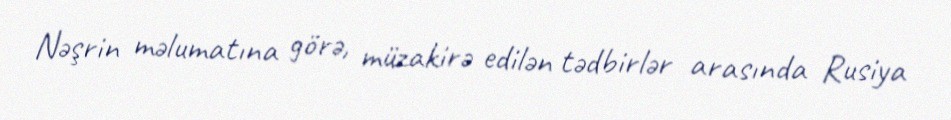
Nəşrin məlumatına görə, müzakirə edilən tədbirlər arasında Rusiya